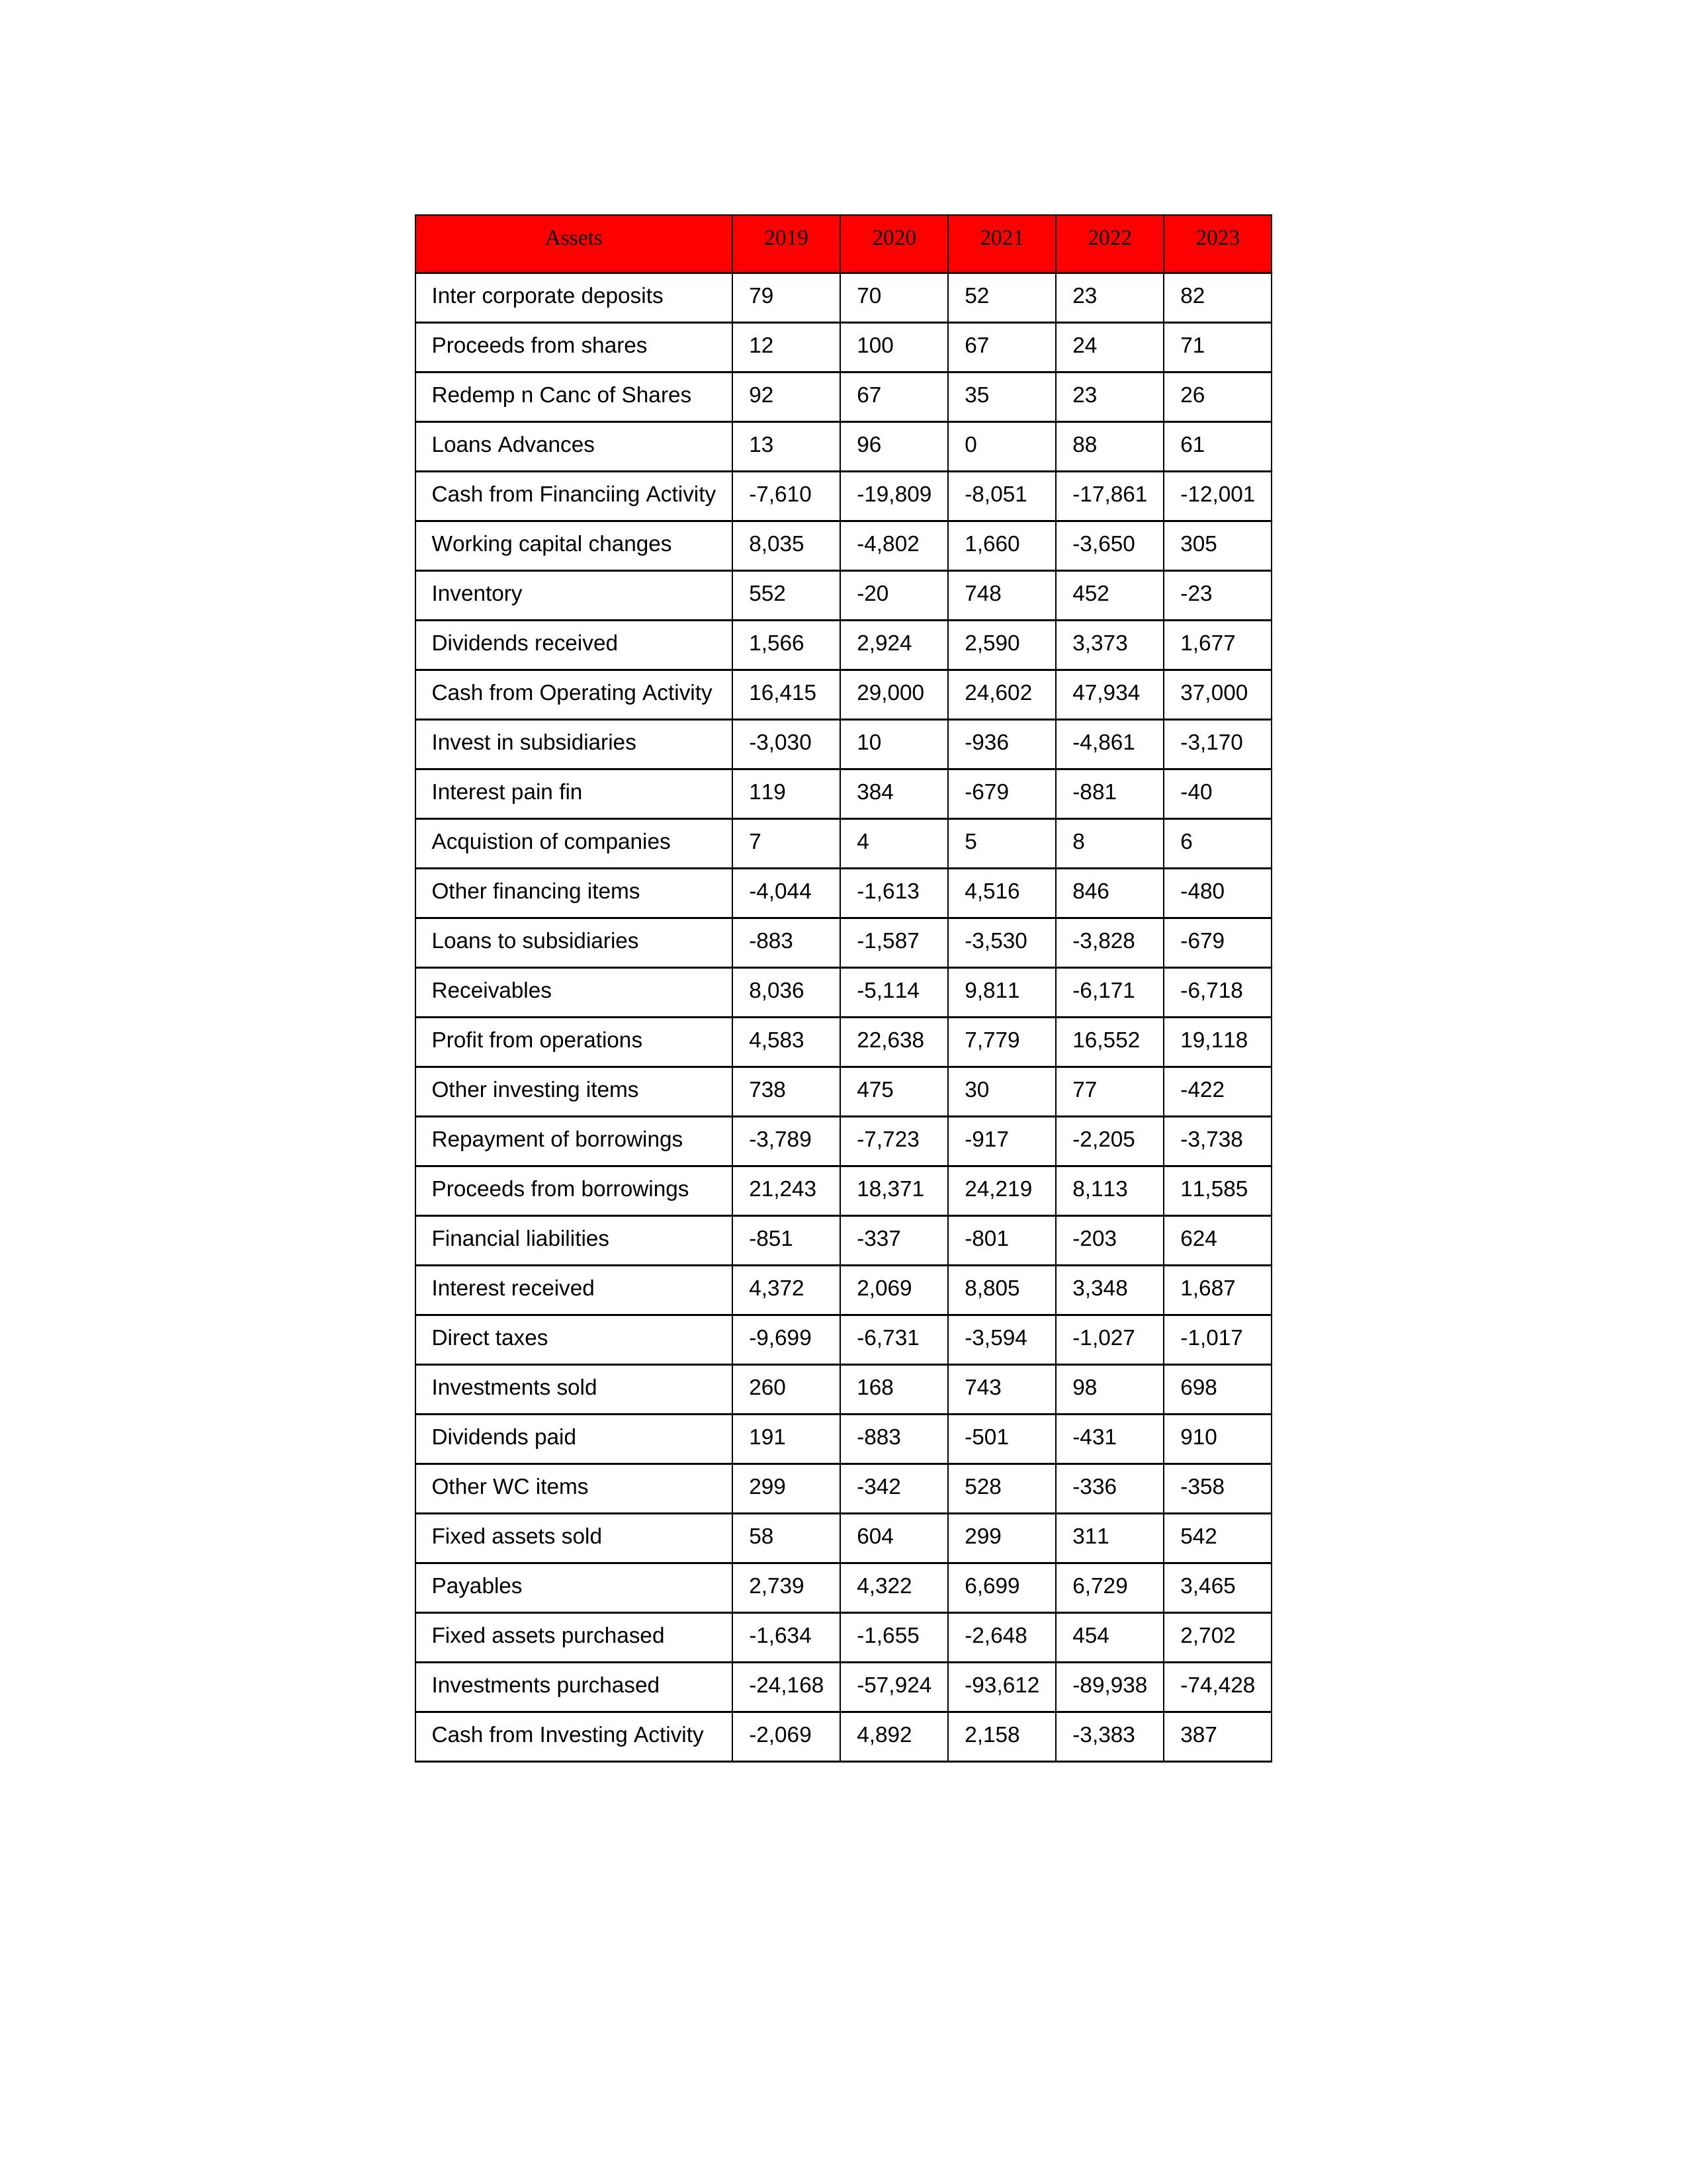
gt_parse: 2019: Cash from Operating Activity: 16,415
Profit from operations: 4,583
Receivables: 8,036
Inventory: 552
Payables: 2,739
Loans Advances: 13
Other WC items: 299
Working capital changes: 8,035
Direct taxes: -9,699
Cash from Investing Activity: -2,069
Fixed assets purchased: -1,634
Fixed assets sold: 58
Investments purchased: -24,168
Investments sold: 260
Interest received: 4,372
Dividends received: 1,566
Invest in subsidiaries: -3,030
Loans to subsidiaries: -883
Redemp n Canc of Shares: 92
Acquistion of companies: 7
Inter corporate deposits: 79
Other investing items: 738
Cash from Financiing Activity: -7,610
Proceeds from shares: 12
Proceeds from borrowings: 21,243
Repayment of borrowings: -3,789
Interest pain fin: 119
Dividends paid: 191
Financial liabilities: -851
Other financing items: -4,044
2020: Cash from Operating Activity: 29,000
Profit from operations: 22,638
Receivables: -5,114
Inventory: -20
Payables: 4,322
Loans Advances: 96
Other WC items: -342
Working capital changes: -4,802
Direct taxes: -6,731
Cash from Investing Activity: 4,892
Fixed assets purchased: -1,655
Fixed assets sold: 604
Investments purchased: -57,924
Investments sold: 168
Interest received: 2,069
Dividends received: 2,924
Invest in subsidiaries: 10
Loans to subsidiaries: -1,587
Redemp n Canc of Shares: 67
Acquistion of companies: 4
Inter corporate deposits: 70
Other investing items: 475
Cash from Financiing Activity: -19,809
Proceeds from shares: 100
Proceeds from borrowings: 18,371
Repayment of borrowings: -7,723
Interest pain fin: 384
Dividends paid: -883
Financial liabilities: -337
Other financing items: -1,613
2021: Cash from Operating Activity: 24,602
Profit from operations: 7,779
Receivables: 9,811
Inventory: 748
Payables: 6,699
Loans Advances: 0
Other WC items: 528
Working capital changes: 1,660
Direct taxes: -3,594
Cash from Investing Activity: 2,158
Fixed assets purchased: -2,648
Fixed assets sold: 299
Investments purchased: -93,612
Investments sold: 743
Interest received: 8,805
Dividends received: 2,590
Invest in subsidiaries: -936
Loans to subsidiaries: -3,530
Redemp n Canc of Shares: 35
Acquistion of companies: 5
Inter corporate deposits: 52
Other investing items: 30
Cash from Financiing Activity: -8,051
Proceeds from shares: 67
Proceeds from borrowings: 24,219
Repayment of borrowings: -917
Interest pain fin: -679
Dividends paid: -501
Financial liabilities: -801
Other financing items: 4,516
2022: Cash from Operating Activity: 47,934
Profit from operations: 16,552
Receivables: -6,171
Inventory: 452
Payables: 6,729
Loans Advances: 88
Other WC items: -336
Working capital changes: -3,650
Direct taxes: -1,027
Cash from Investing Activity: -3,383
Fixed assets purchased: 454
Fixed assets sold: 311
Investments purchased: -89,938
Investments sold: 98
Interest received: 3,348
Dividends received: 3,373
Invest in subsidiaries: -4,861
Loans to subsidiaries: -3,828
Redemp n Canc of Shares: 23
Acquistion of companies: 8
Inter corporate deposits: 23
Other investing items: 77
Cash from Financiing Activity: -17,861
Proceeds from shares: 24
Proceeds from borrowings: 8,113
Repayment of borrowings: -2,205
Interest pain fin: -881
Dividends paid: -431
Financial liabilities: -203
Other financing items: 846
2023: Cash from Operating Activity: 37,000
Profit from operations: 19,118
Receivables: -6,718
Inventory: -23
Payables: 3,465
Loans Advances: 61
Other WC items: -358
Working capital changes: 305
Direct taxes: -1,017
Cash from Investing Activity: 387
Fixed assets purchased: 2,702
Fixed assets sold: 542
Investments purchased: -74,428
Investments sold: 698
Interest received: 1,687
Dividends received: 1,677
Invest in subsidiaries: -3,170
Loans to subsidiaries: -679
Redemp n Canc of Shares: 26
Acquistion of companies: 6
Inter corporate deposits: 82
Other investing items: -422
Cash from Financiing Activity: -12,001
Proceeds from shares: 71
Proceeds from borrowings: 11,585
Repayment of borrowings: -3,738
Interest pain fin: -40
Dividends paid: 910
Financial liabilities: 624
Other financing items: -480